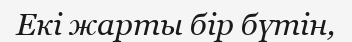
Екі жарты бір бүтін,